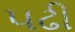
પઢી